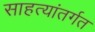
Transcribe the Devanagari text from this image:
साहत्यांतर्गत